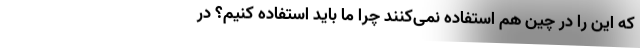
که این را در چین هم استفاده نمی‌کنند چرا ما باید استفاده کنیم؟ در